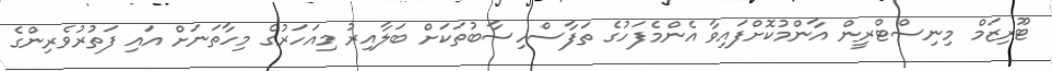
ޓޫރިޒަމް މިނިސްޓްރީން އާންމުކޮށްފައިވާ އެންމެފަހުގެ ތަފާސްހިސާބުތަކަށް ބަލާއިރު މިއަހަރުގެ މިހާތަނަށް އައި ފަތުރުވެރިންގެ